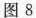
图8